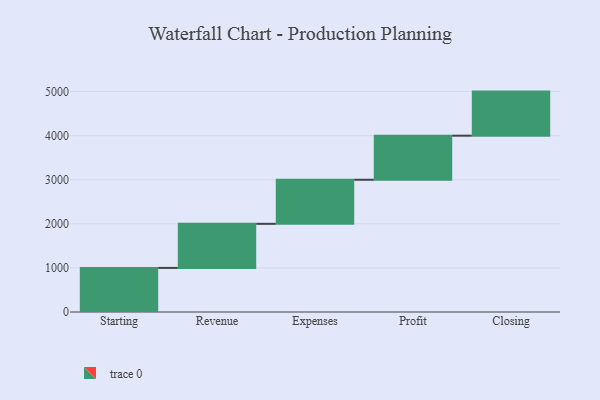
{"axis": {"x": "Step", "y": "Value"}, "legend": [""], "data": [{"x": "Starting", "y": 1000, "type": ""}, {"x": "Revenue", "y": 1000, "type": ""}, {"x": "Expenses", "y": 1000, "type": ""}, {"x": "Profit", "y": 1000, "type": ""}, {"x": "Closing", "y": 1000, "type": ""}]}